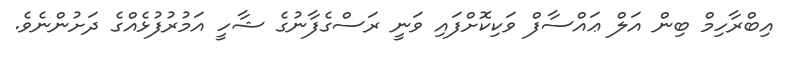
އިބްރާހިމް ބިން އަލް ޢައްސާފް ވަކިކޮށްފައި ވަނީ ރަސްގެފާނުގެ ޝާހީ އަމުރުފުޅެއްގެ ދަށުންނެވެ.